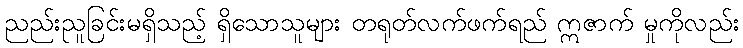
ညည်းညူခြင်းမရှိသည့် ရှိသောသူများ တရုတ်လက်ဖက်ရည် ဣဇာက် မှုကိုလည်း